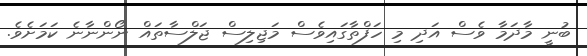
ބުނީ މާދަމާ ވެސް އަދި މި ހަފްތާގައިވެސް މަޖިލިސް ޖަލްސާތައް ނޯންނާނެ ކަމަށެވެ.